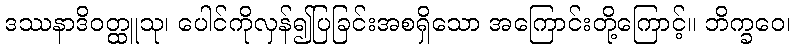
ဒဿနာဒိဝတ္ထူသု၊ ပေါင်ကိုလှန်၍ပြခြင်းအစရှိသော အကြောင်းတို့ကြောင့်။ ဘိက္ခဝေ၊